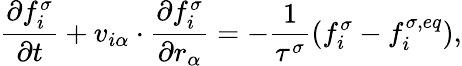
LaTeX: \frac{\partial f_{i}^{\sigma}}{\partial t}+v_{i\alpha}\cdot\frac{\partial f_{i}^{\sigma}}{\partial r_{\alpha}}=-\frac{1}{\tau^{\sigma}}(f_{i}^{\sigma}-f_{i}^{\sigma,eq}),